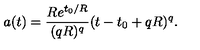
a ( t ) = \frac { R e ^ { t _ { 0 } / R } } { ( q R ) ^ { q } } ( t - t _ { 0 } + q R ) ^ { q } .